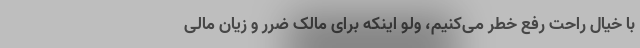
با خیال راحت رفع خطر می‌کنیم، ولو اینکه برای مالک ضرر و زیان مالی